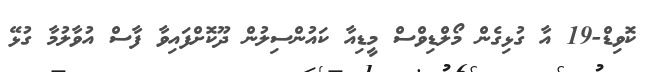
ކޮވިޑް-19 އާ ގުޅިގެން މޯލްޑިވްސް މީޑިއާ ކައުންސިލުން ދޫކޮށްފައިވާ ފާސް އުވާލުމާ ގުޅޭ